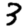
Digit: 3